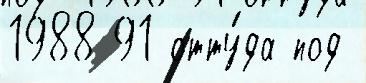
1988-91 отту́да под